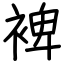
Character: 裨